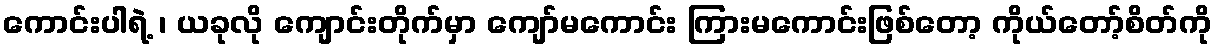
ကောင်းပါရဲ့ ၊ ယခုလို ကျောင်းတိုက်မှာ ကျော်မကောင်း ကြားမကောင်းဖြစ်တော့ ကိုယ်တော့်စိတ်ကို